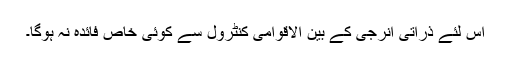
اس لئے ذراتی انرجی کے بین الاقوامی کنٹرول سے کوئی خاص فائدہ نہ ہوگا۔